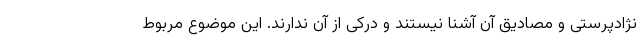
نژادپرستی و مصادیق آن آشنا نیستند و درکی از آن ندارند. این موضوع مربوط